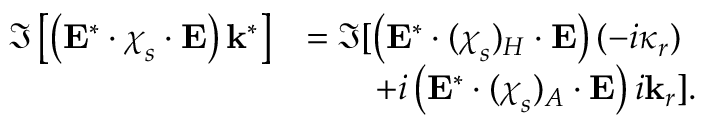
\begin{array} { r l } { \Im \left[ \left( \mathbf { E } ^ { * } \cdot \boldsymbol { \chi } _ { s } \cdot \mathbf { E } \right) \mathbf { k } ^ { * } \right] } & { = \Im [ \left( \mathbf { E } ^ { * } \cdot ( \boldsymbol { \chi } _ { s } ) _ { H } \cdot \mathbf { E } \right) ( - i \boldsymbol { \kappa } _ { r } ) } \\ & { \qquad + i \left( \mathbf { E } ^ { * } \cdot ( \boldsymbol { \chi } _ { s } ) _ { A } \cdot \mathbf { E } \right) i \mathbf { k } _ { r } ] . } \end{array}